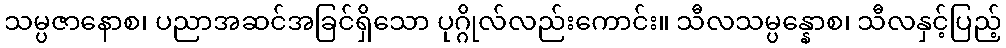
သမ္ပဇာနောစ၊ ပညာအဆင်အခြင်ရှိသော ပုဂ္ဂိုလ်လည်းကောင်း။ သီလသမ္ပန္နောစ၊ သီလနှင့်ပြည့်